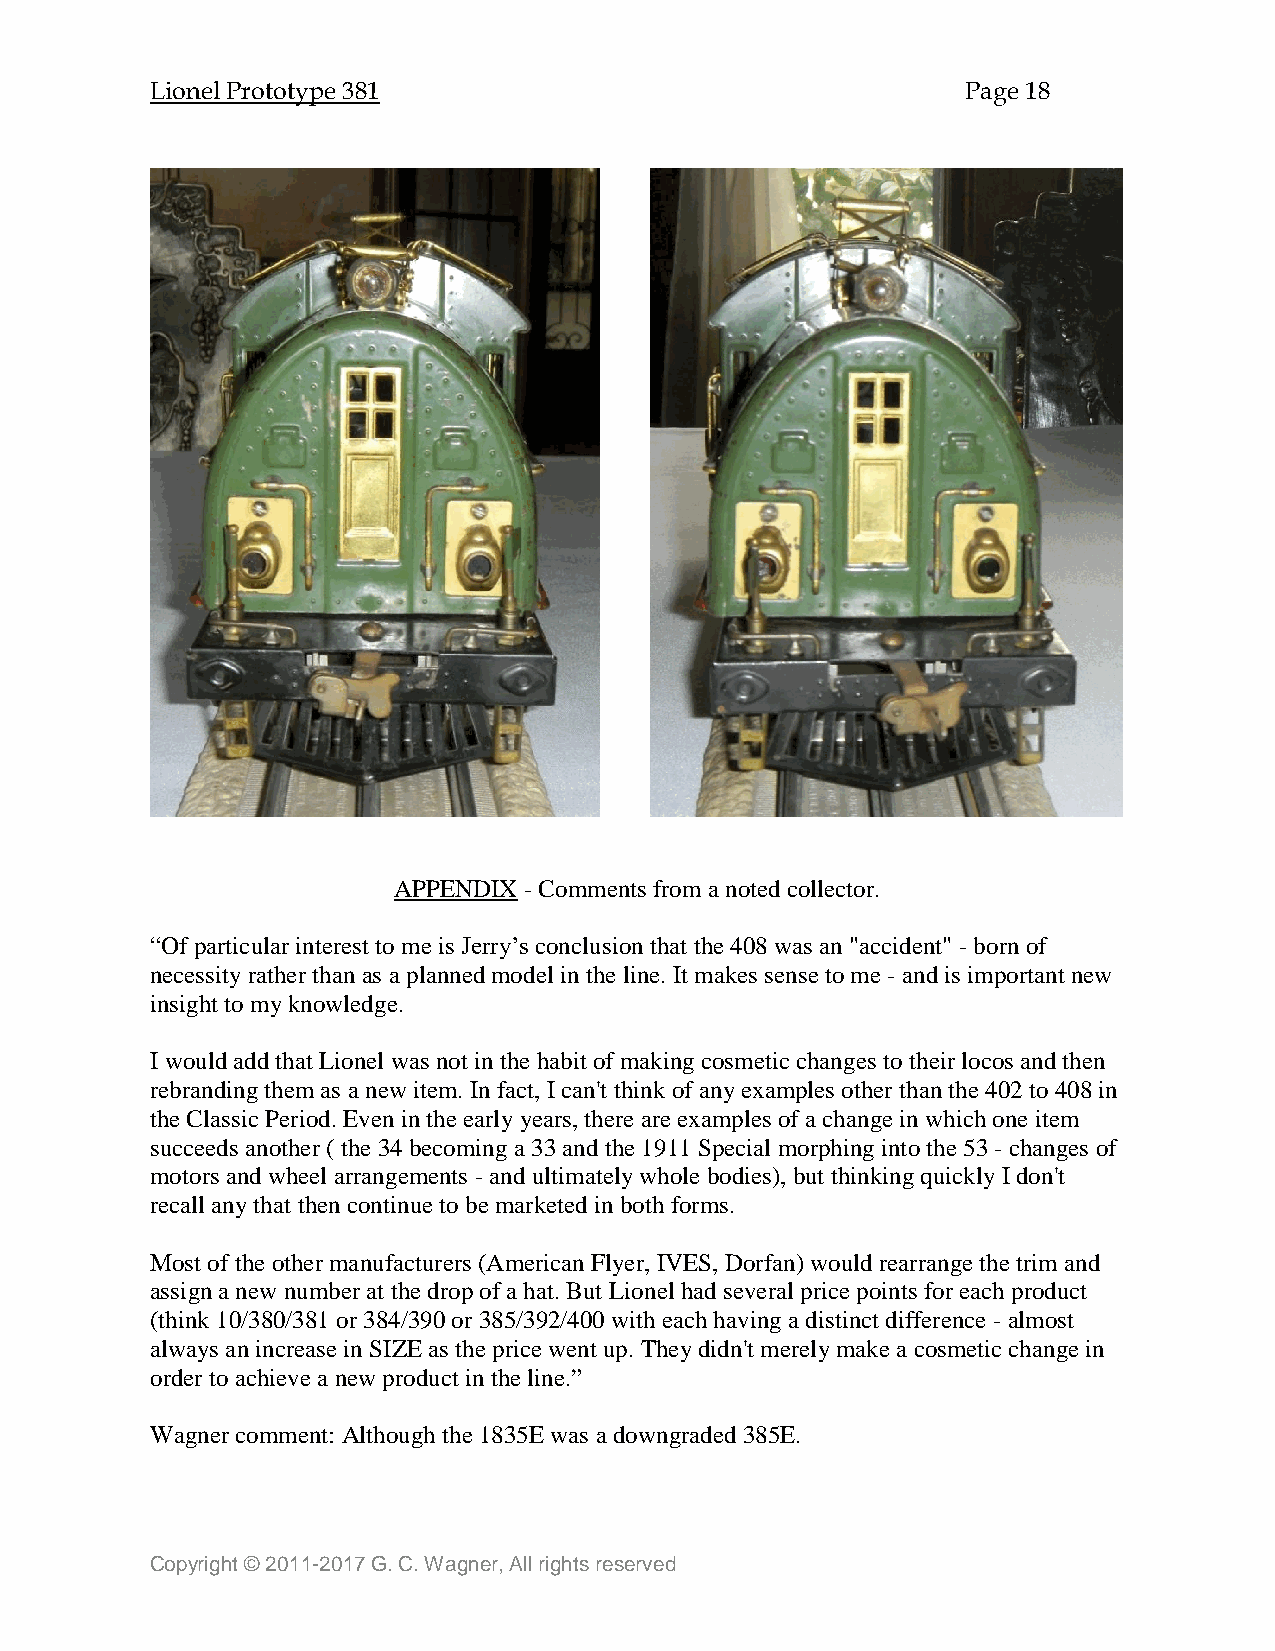
Lionel Prototype 381                                  Page 18
 APPENDIX - Comments from a noted collector.
 “Of particular interest to me is Jerry’s conclusion that the 408 was an "accident" - born of
 necessity rather than as a planned model in the line. It makes sense to me - and is important new
 insight to my knowledge.
 I would add that Lionel was not in the habit of making cosmetic changes to their locos and then
 rebranding them as a new item. In fact, I can't think of any examples other than the 402 to 408 in
 the Classic Period. Even in the early years, there are examples of a change in which one item
 succeeds another ( the 34 becoming a 33 and the 1911 Special morphing into the 53 - changes of
 motors and wheel arrangements - and ultimately whole bodies), but thinking quickly I don't
 recall any that then continue to be marketed in both forms.
 Most of the other manufacturers (American Flyer, IVES, Dorfan) would rearrange the trim and
 assign a new number at the drop of a hat. But Lionel had several price points for each product
 (think 10/380/381 or 384/390 or 385/392/400 with each having a distinct difference - almost
 always an increase in SIZE as the price went up. They didn't merely make a cosmetic change in
 order to achieve a new product in the line.”
 Wagner comment: Although the 1835E was a downgraded 385E.
 Copyright © 2011-2017 G. C. Wagner, All rights reserved